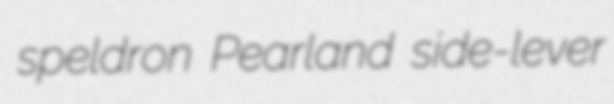
speldron Pearland side-lever